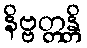
နိဗ္ဗတ္တန္တိ